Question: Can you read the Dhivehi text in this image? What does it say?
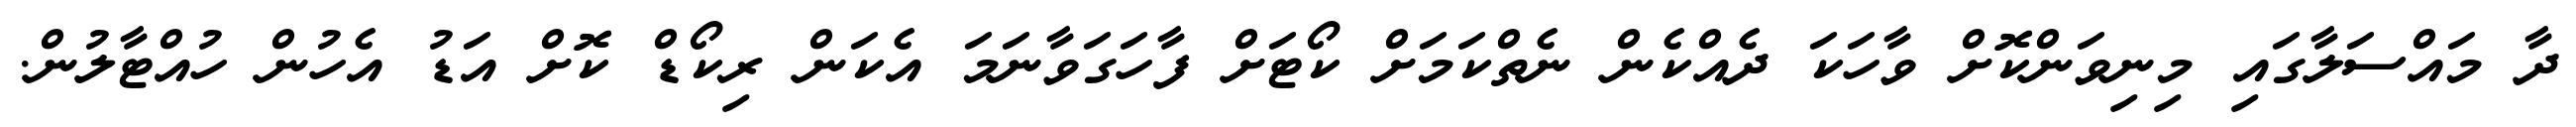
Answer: ދާ މައްސަލާގައި މިނިވަންކޮށް ވާހަކަ ދެއްކެން ނެތްކަމަށް ކޯޓަށް ފާހަގަވާނަމަ އެކަން ރިކޯޑް ކޮށް އަޑު އެހުން ހުއްޓާލުން.